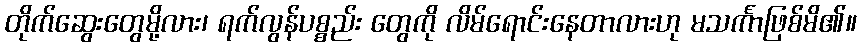
တိုက်ဆွေးတွေမို့လား၊ ရက်လွန်ပစ္စည်း တွေကို လိမ်ရောင်းနေတာလားဟု မသင်္ကာဖြစ်မိ၏။